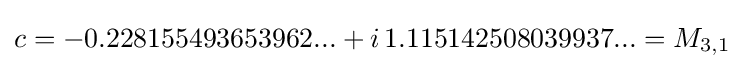
c=-0.228155493653962...+i\,1.115142508039937...=M_{3,1}